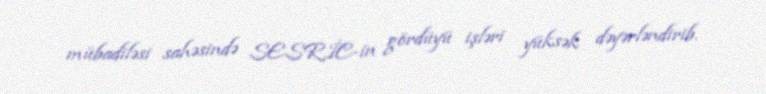
mübadiləsi sahəsində SESRİC-in gördüyü işləri yüksək dəyərləndirib.